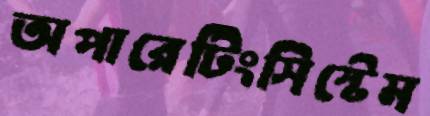
অপারেটিংসিস্টেম